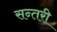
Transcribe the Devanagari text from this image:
सन्तरी